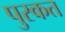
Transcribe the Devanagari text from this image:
पुस्कत